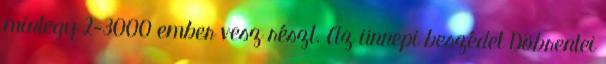
mintegy 2-3000 ember vesz részt. Az ünnepi beszédet Döbrentei